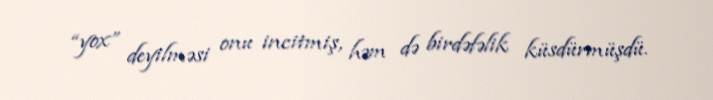
“yox” deyilməsi onu incitmiş, həm də birdəfəlik küsdürmüşdü.